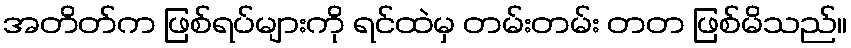
အတိတ်က ဖြစ်ရပ်များကို ရင်ထဲမှ တမ်းတမ်း တတ ဖြစ်မိသည်။